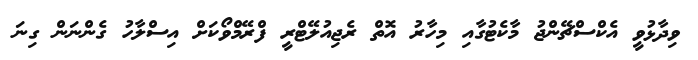
ވިދާޅުވީ އެކްސްޗޭންޖު މާކެޓުގާއި މިހާރު އޮތް ރެޖިއުލޭޓްރީ ފްރޭމްވޯކަށް އިސްލާހު ގެންނަން ގިނަ